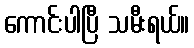
ကောင်းပါပြီ သမီးရယ်။